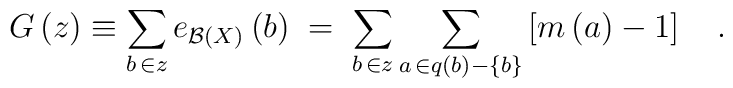
G\left( z\right) \equiv \sum_{b\,\in z}e_{{\cal B}\left(X\right) }\left( b\right) \;=\;\sum_{b\,\in z}\sum_{a\,\in q\left( b\right)-\left\{ b\right\} }\left[ m\left( a\right) -1\right] \quad .